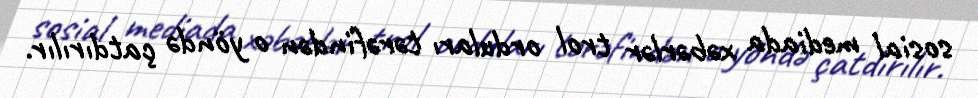
sosial mediada xəbərlər trol orduları tərəfindən o yöndə çatdırılır.